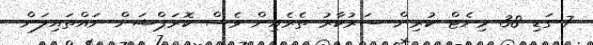
7 ގަޑި 38 މިނެޓް ކުރިން ސަރުކާރު ތެރެއިން ވެސް ކޮރަޕްޝަން ނައްތައިލަން